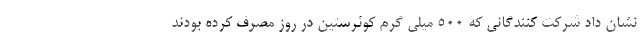
نشان داد شرکت کنندگانی که 500 میلی گرم کوئرستین در روز مصرف کرده بودند